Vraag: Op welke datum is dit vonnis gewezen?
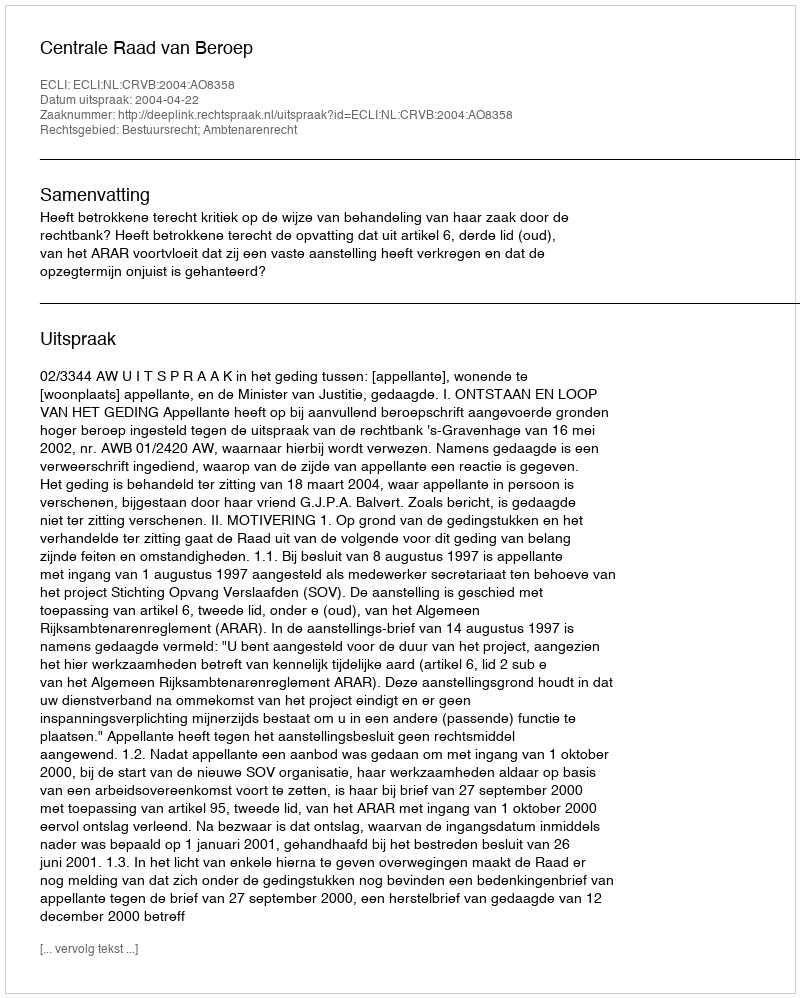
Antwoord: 2004-04-22